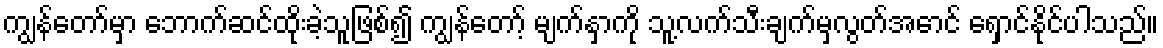
ကျွန်တော်မှာ ဘောက်ဆင်ထိုးခဲ့သူဖြစ်၍ ကျွန်တော့် မျက်နှာကို သူ့လက်သီးချက်မှလွတ်အောင် ရှောင်နိုင်ပါသည်။